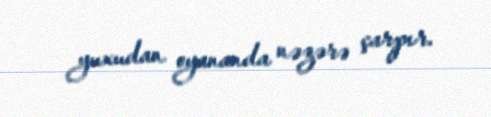
yuxudan oyananda nəzərə çarpır.